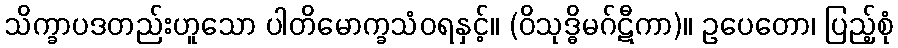
သိက္ခာပဒတည်းဟူသော ပါတိမောက္ခသံဝရနှင့်။ (ဝိသုဒ္ဓိမဂ်ဋီကာ)။ ဥပေတော၊ ပြည့်စုံ